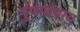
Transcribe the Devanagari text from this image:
गुणाढ्याय